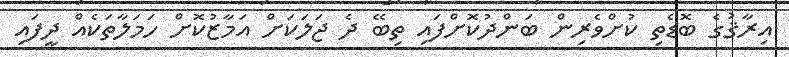
އިރާޤުގެ ބޮޑެތި ކުށްވެރިން ބަންދުކޮށްފައި ތިބޭ ދެ ޖަލަކަށް އަމާޒުކޮށް ހަމަލާތަކެއް ދީފައި